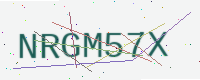
Text: NRGM57X